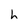
Character: h